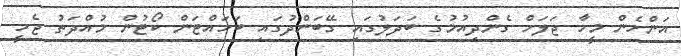
އަންހެން މީހާ ޖަލަށް ގެންދިއުމުގެ ބަދަލުގައި ގޭބަންދުގައި ބަހައްޓަން ކޯޓުން މުއްދަތު ޖެހީ